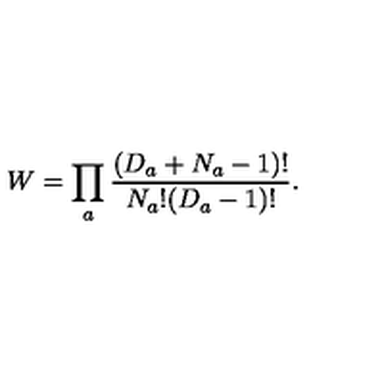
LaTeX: W = \prod _ { a } \frac { ( D _ { a } + N _ { a } - 1 ) ! } { N _ { a } ! ( D _ { a } - 1 ) ! } .